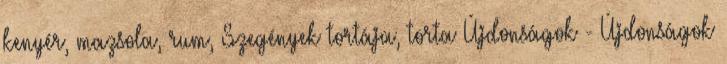
kenyér, mazsola, rum, Szegények tortája, torta Újdonságok - Újdonságok